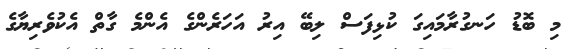
މި ބޮޑު ހަނގުރާމައިގަ ކުޅިފަސް ލިބޭ އިރު އަހަރެންގެ އެންމެ ގާތް އެކުވެރިޔާގެ